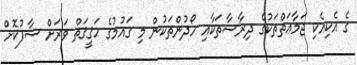
ގެ އެކިއެކި ޖަމާޢަތްތަކުގެ ދިރާސާތަކާއި ހޯދުންތަކުން މި ގައުމުގެ ޙަޤީޤަތް ވަރަށް ސާފުކޮށް